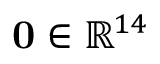
\mathbf { 0 } \in \mathbb { R } ^ { 1 4 }